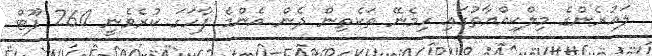
ލައުރެންގެ މިލްކިއްޔާތުގައި ހިމެނޭ ތަކެތިން ދެން އެންމެ ފާހަގަ ކުރެވެނީ 260 ފޫޓް